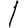
Digit: 1